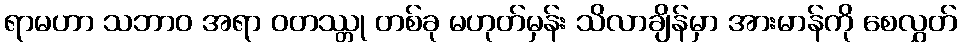
ရာမဟာ သဘာဝ အရာ ဝတဿ္တု တစ်ခု မဟုတ်မှန်း သိလာချိန်မှာ အားမာန်ကို စေလွှတ်